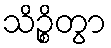
သိဉ္စိတွာ